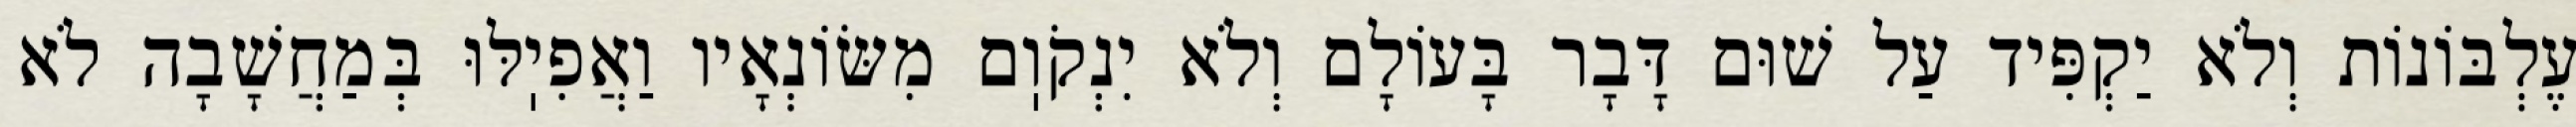
עֶלְבּוֹנוֹת וְלֹא יַקְפִּיד עַל שׁוּם דָּבָר בָּעוֹלָם וְלֹא יִנְקֹוֽם מִשּׂוֹנְאָיו וַאֲפִיֽלּוּ בְּמַחֲשָׁבָה לֹא